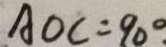
A O C = 9 0 ^ { \circ } \cdot